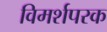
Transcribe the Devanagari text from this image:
विमर्शपरक